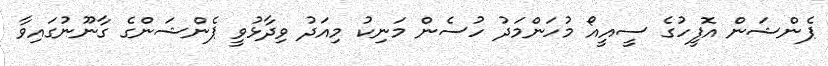
ޕެންޝަން އޮފީހުގެ ސީއީއޯ މުހަންމަދު ހުސެން މަނިކު މިއަދު ވިދާޅުވީ ޕެންޝަންގެ ގާނޫނުގައިވާ